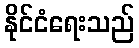
နိုင်ငံရေးသည်